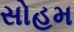
સોહમ